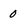
Character: 0